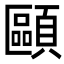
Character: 𩔸